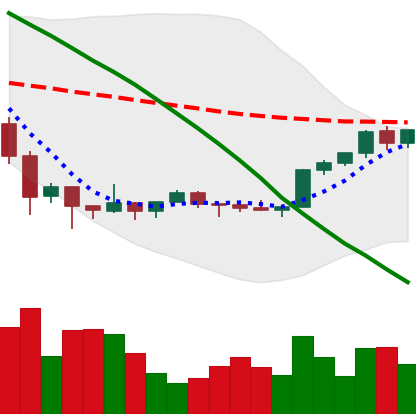
Ticker: XMR-USD
Chart end date: 2022-02-09
Forward return: -5.027%
Label: down_5_7